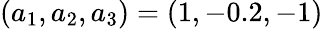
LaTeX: (a_{1},a_{2},a_{3})=(1,-0.2,-1)